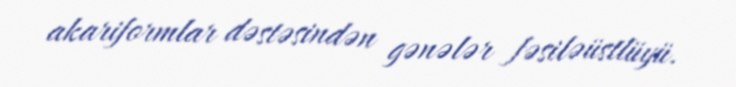
akariformlar dəstəsindən gənələr fəsiləüstlüyü.